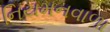
નિયમનવાળા